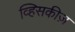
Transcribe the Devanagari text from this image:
व्हिसकीज़